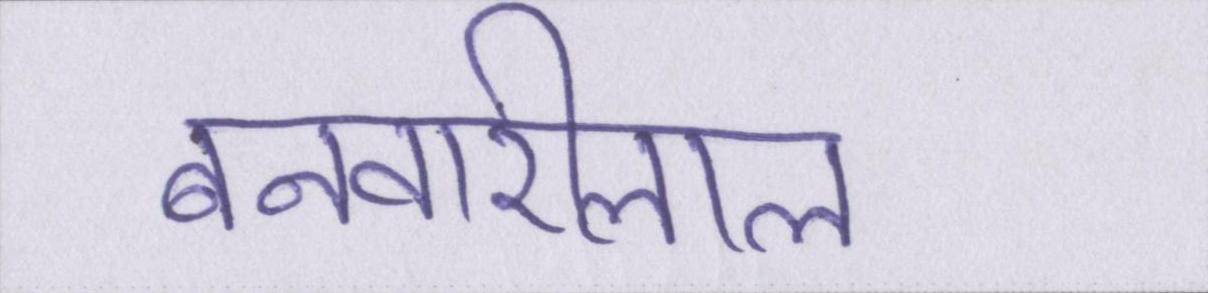
बनवारीलाल